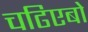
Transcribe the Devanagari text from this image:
चढिएबो